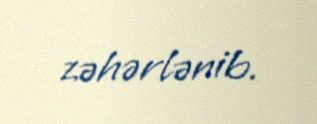
zəhərlənib.